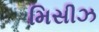
મિસીઝ